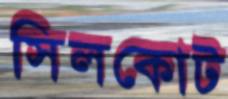
সিলকোট